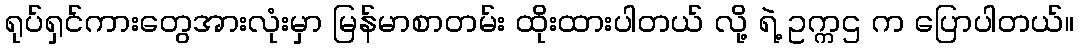
ရုပ်ရှင်ကားတွေအားလုံးမှာ မြန်မာစာတမ်း ထိုးထားပါတယ် လို့ ရဲ့ ဥက္ကဌ က ပြောပါတယ်။